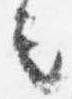
言